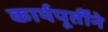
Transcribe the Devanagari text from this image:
कार्यपूर्तीने